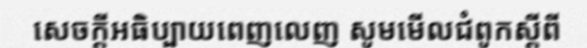
សេចក្តីអធិប្បាយពេញលេញ សូមមើលជំពូកស្តីពី